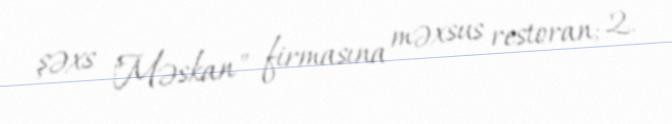
şəxs "Məskan" firmasına məxsus restoran; 2.